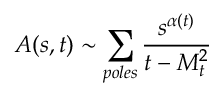
A ( s , t ) \sim \sum _ { p o l e s } \frac { s ^ { \alpha ( t ) } } { t - M _ { t } ^ { 2 } }